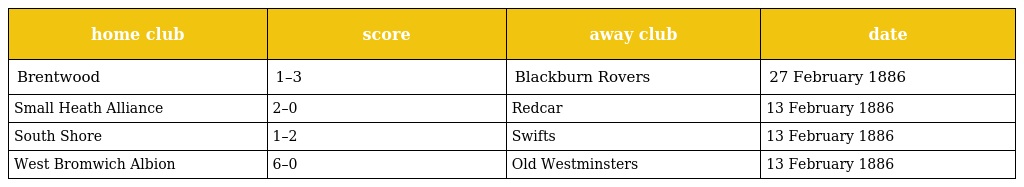
| home club | score | away club | date |
 | --- | --- | --- | --- |
 | Brentwood | 1–3 | Blackburn Rovers | 27 February 1886 |
 | Small Heath Alliance | 2–0 | Redcar | 13 February 1886 |
 | South Shore | 1–2 | Swifts | 13 February 1886 |
 | West Bromwich Albion | 6–0 | Old Westminsters | 13 February 1886 |